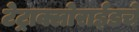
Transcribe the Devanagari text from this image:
टेट्राक्लोराईडचे